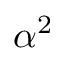
\alpha ^ { 2 }